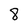
Character: 8